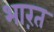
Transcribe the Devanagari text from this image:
भाऱत